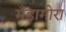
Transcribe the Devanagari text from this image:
मँडागोरा